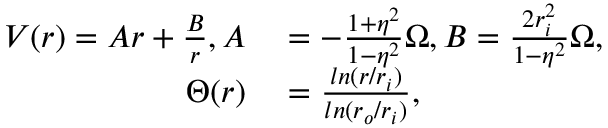
\begin{array} { r l } { V ( r ) = A r + \frac { B } { r } , A } & { { } = - \frac { 1 + \eta ^ { 2 } } { 1 - \eta ^ { 2 } } \Omega , B = \frac { 2 r _ { i } ^ { 2 } } { 1 - \eta ^ { 2 } } \Omega , } \\ { \Theta ( r ) } & { { } = \frac { l n ( r / r _ { i } ) } { l n ( r _ { o } / r _ { i } ) } , } \end{array}